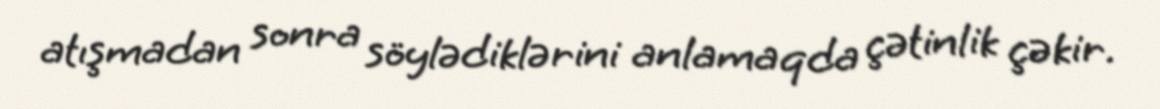
atışmadan sonra söylədiklərini anlamaqda çətinlik çəkir.